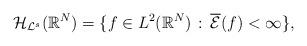
LaTeX: \begin{align*}\mathcal{H}_{\mathcal{L}^{s}}(\mathbb{R}^{N})=\{f\in L^{2}(\mathbb{R}^{N})\,:\,\overline{\mathcal{E}}(f)<\infty\},\end{align*}